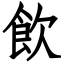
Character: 飲